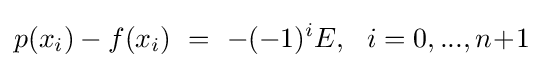
p(x_{i})-f(x_{i})\ =\ -(-1)^{i}E,\ \ i=0,...,n\!+\!1